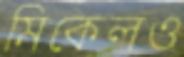
মিকেলও